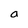
Character: a